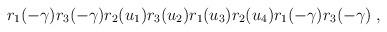
LaTeX: \begin{align*}r_{1}(-\gamma)r_{3}(-\gamma)r_{2}(u_{1})r_{3}(u_{2}) r_{1}(u_{3})r_{2}(u_{4})r_{1}(-\gamma)r_{3}(-\gamma)\;, \end{align*}